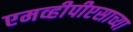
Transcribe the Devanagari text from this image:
एमव्हीपीएसाच्या